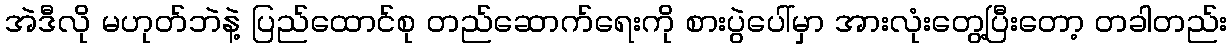
အဲဒီလို မဟုတ်ဘဲနဲ့ ပြည်ထောင်စု တည်ဆောက်ရေးကို စားပွဲပေါ်မှာ အားလုံးတွေ့ပြီးတော့ တခါတည်း